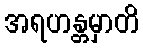
အရဟန္တမှာတိ